Trukikaitis_Postimees, lk 22
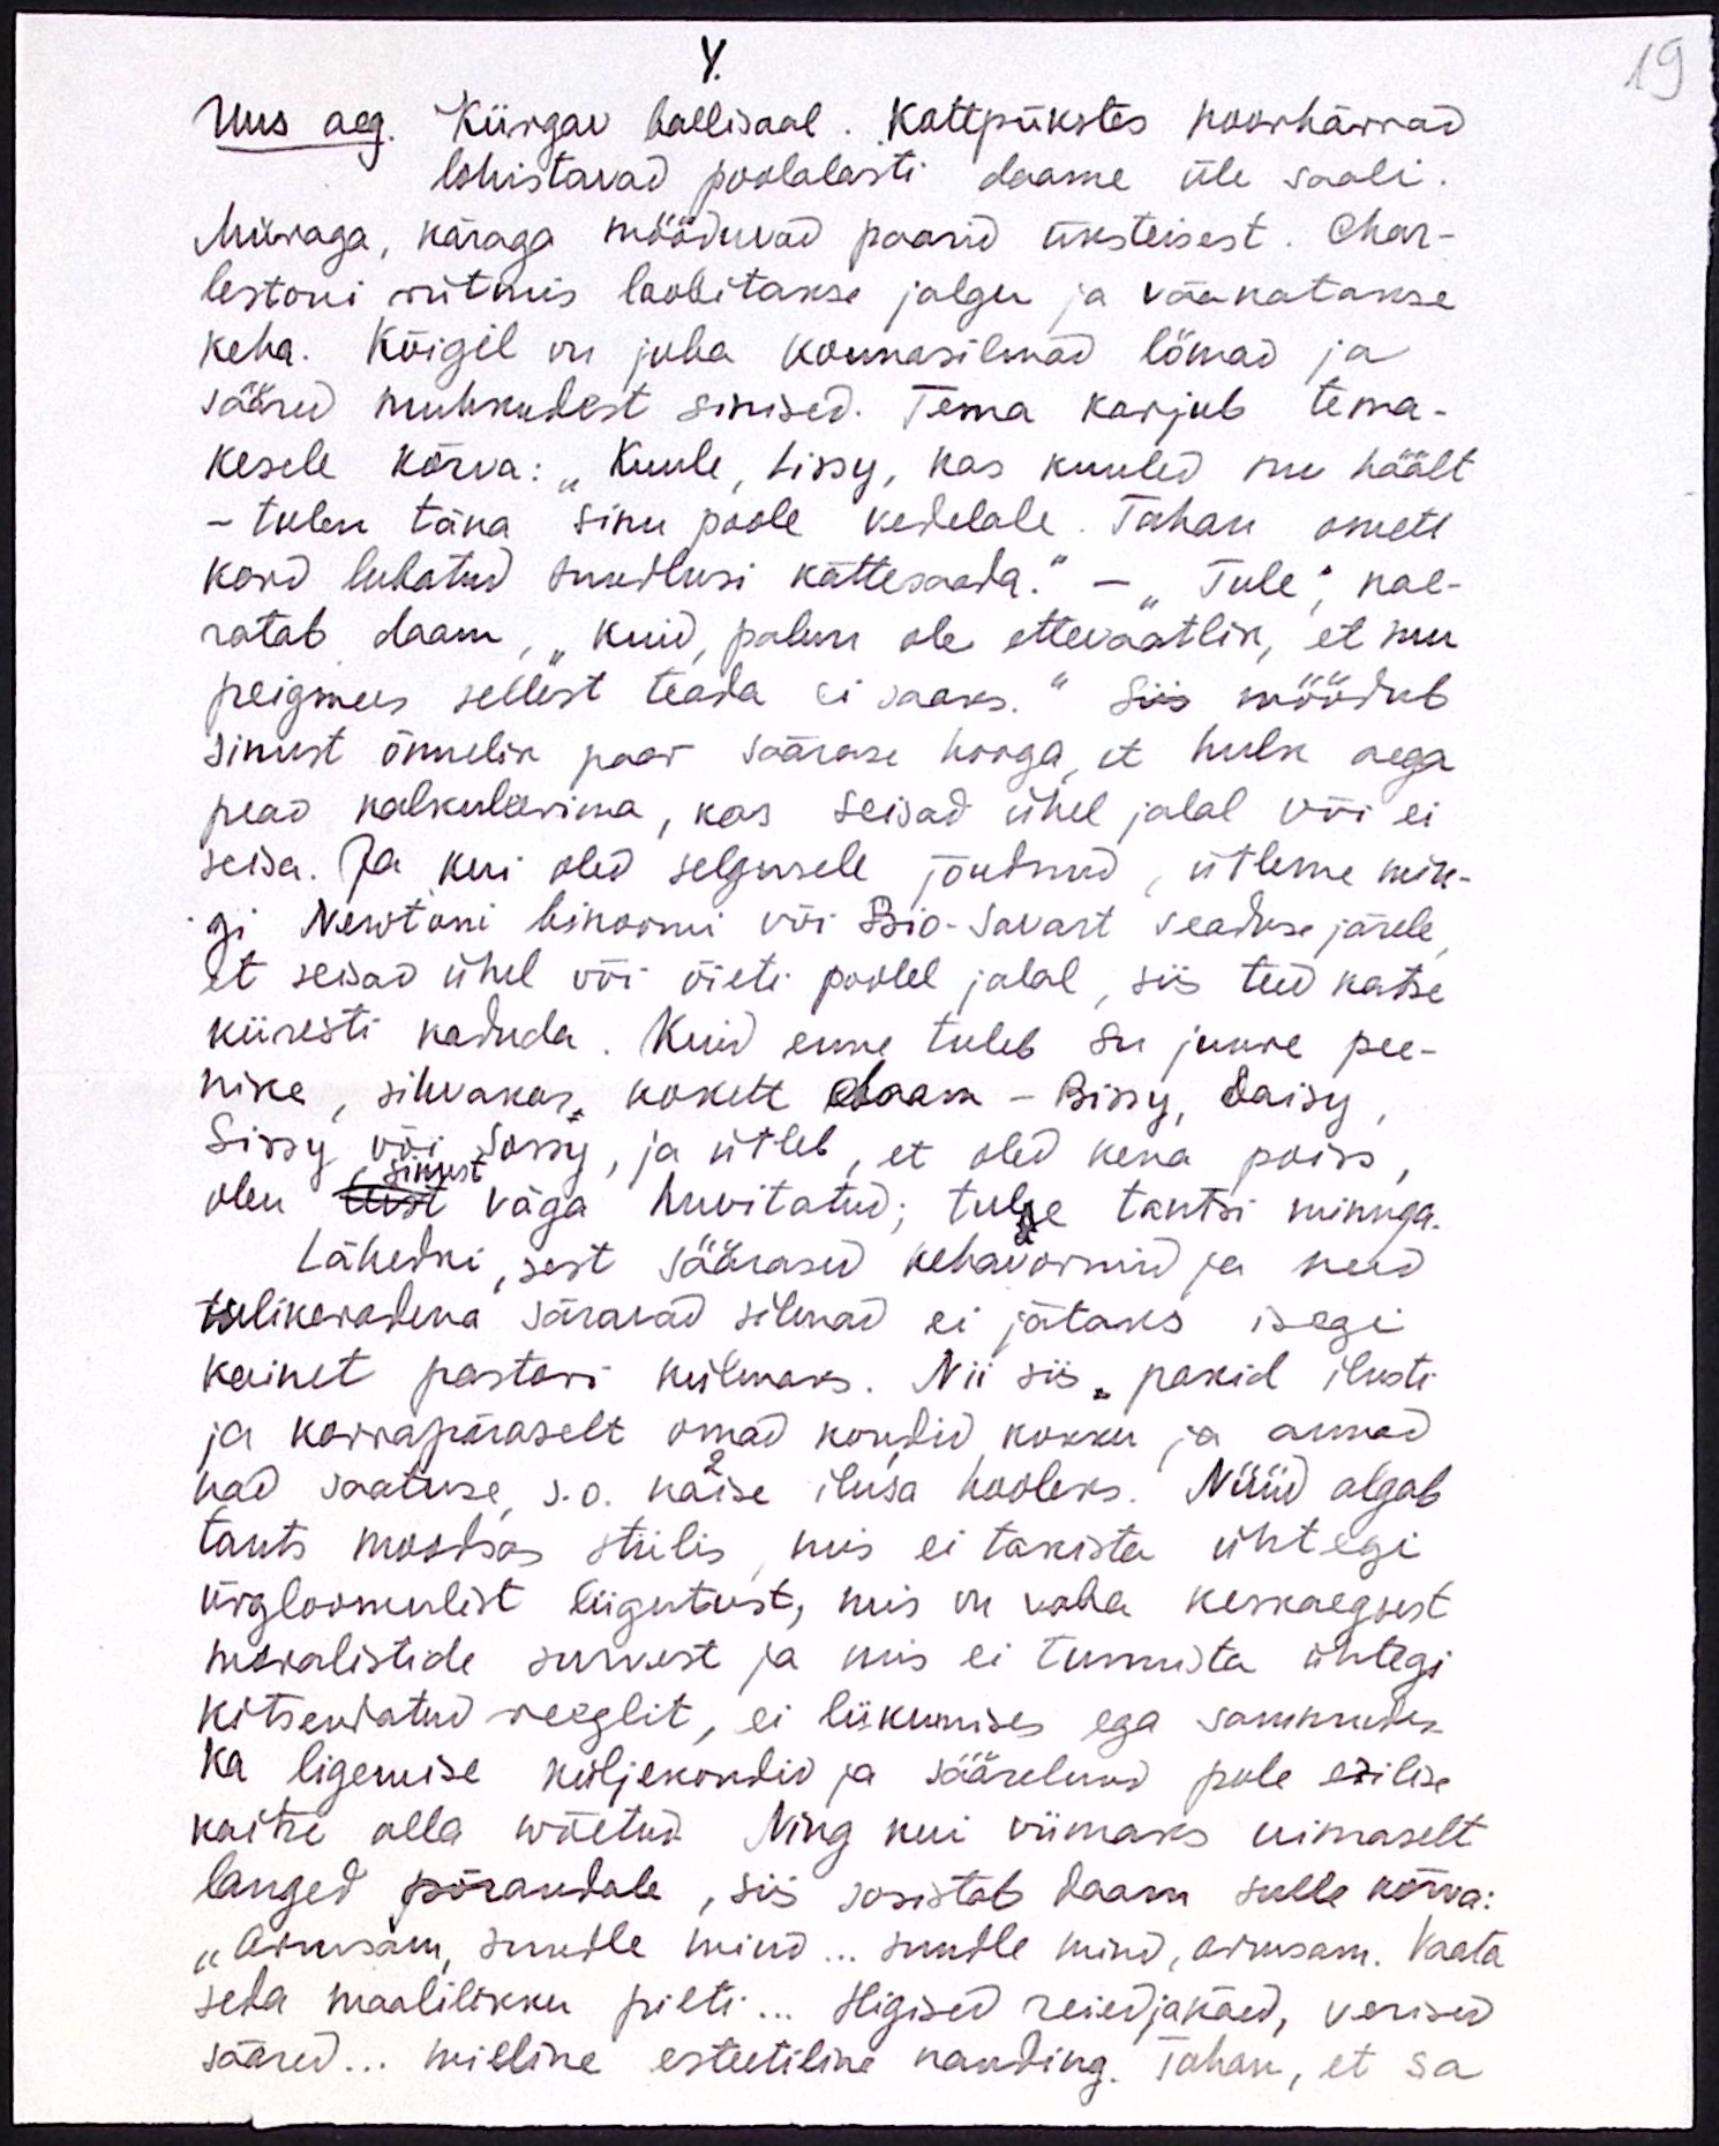
4.
Uus aeg. Kiirgav ballisaal. Kottpükstes noorhärrad
lohistavad poolalasti daame üle saali.
Müraga, käraga mööduvad paarid üksteisest. Char-
lestoni rütmis loobitakse jalgu ja väänatakse
keha. Kõigil on juba konnasilmad lömad ja
sääred muhkudest sinised. Tema karjub tema-
kesele kõrva: "Kuule, Lissy, kas kuuled mu häält
- tulen täna sinu poole kedelale. Tahan ometi
kord lubatud suudlusi kättesaada." - "Tule", nae-
ratab daam, "kuid, palun ole ettevaatlik, et mu
peigmees sellest teada ei saaks." Siis möödub
sinust õnnelik paar säärase hooga, et hulk aega
pead kalkuleerima, kas seisad ühel jalal või ei
seisa. Ja kui oled selgusele jõudnud, ütleme min-
gi Newtoni binoomi või Bio-Savart seaduse järele
et seisad ühel või õieti poolel jalal, siis teed katse
kiiresti kaduda. Kuid enne tuleb su juure pee-
nike, silvakas, kokett daam - Bissy, Daisy
Sissy või Sossy, ja ütleb, et oled kena poiss
olen teist väga huvitatud; tule tantsi minuga.
sinust
Lähedki, sest säärased kehavormid ja need
tulikeradena säravad silmad ei jätaks isegi
kainet pastori külmaks. Nii siis "pakid ilusti
ja korrapäraselt omad kondid kokku ja annad
nad saatuse s.o. naise ilusa hooleks. Nüüd algab
tants moodsas stiilis, mis ei takista ühtegi
ürgloomulist liigutust, mis on vaba keskaegsest
moralistide survest ja mis ei tunnista ühtegi
kitsendatud reeglit, ei liikumises ega sammudes
ka ligemise küljekondid ja sääreluud pole erilise
kaitse alla wõetud. Ning kui viimaks uimaselt
langed põrandale, siis sosistab daam sulle kõrva:
"Armsam, suudle mind... suudle mind, armsam. Vaata
seda maalilikku pilti... Higised reiedjakäed, verised
sääred... milline esteetiline nauding. Tahan, et sa

19